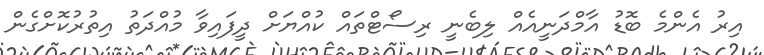
އިރު އެންމެ ބޮޑު އާމްދަނީއެއް ލިބެނީ ރިސޯޓްތައް ކުއްޔަށް ދީފައިވާ މުއްދަތު އިތުރުކޮށްގެން